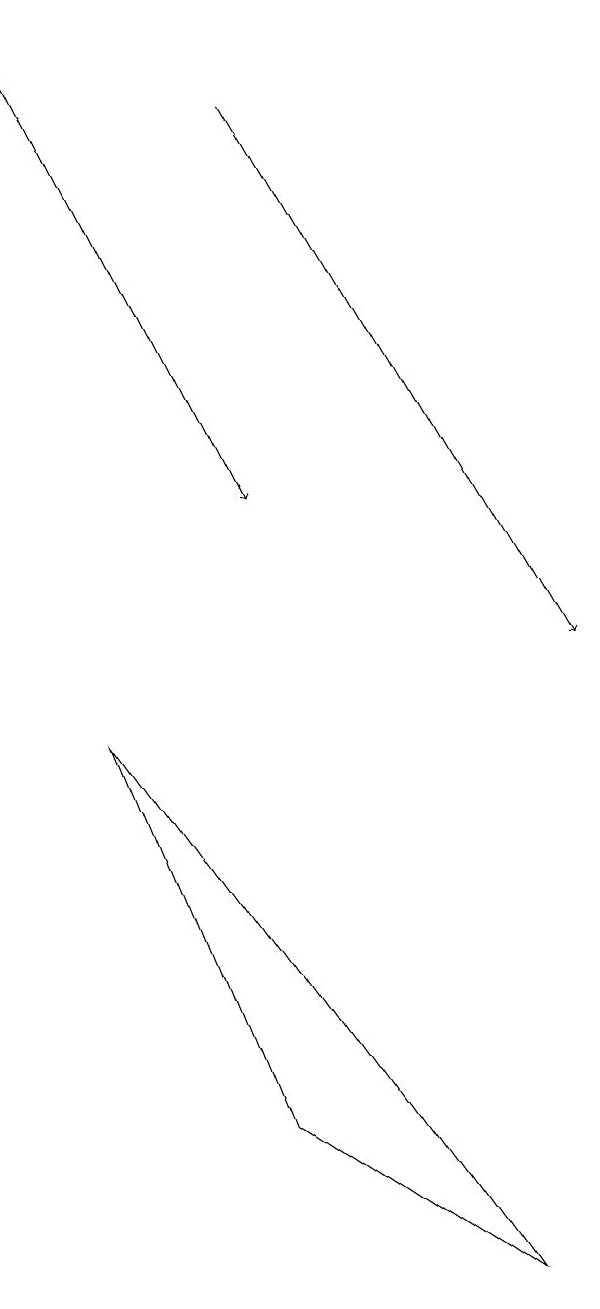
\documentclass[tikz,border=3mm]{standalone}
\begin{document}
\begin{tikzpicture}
\draw (2,9) -- (4,4) -- (7,2) -- cycle;
\draw[->] (1,18) -- (4,12);
\draw[->] (4,17) -- (8,10);
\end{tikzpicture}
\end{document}